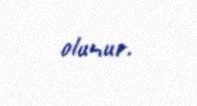
olunur.